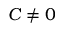
C \neq 0